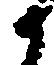
候